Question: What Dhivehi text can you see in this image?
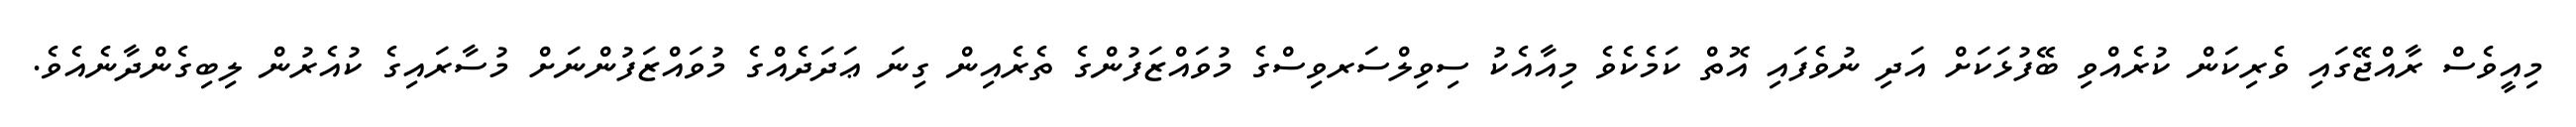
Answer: މިއީވެސް ރާއްޖޭގައި ވެރިކަން ކުރެއްވި ބޭފުޅަކަށް އަދި ނުވެފައި އޮތް ކަމެކެވެ މިއާއެކު ސިވިލްސަރވިސްގެ މުވައްޒަފުންގެ ތެރެއިން ގިނަ ޢަދަދެއްގެ މުވައްޒަފުންނަށް މުސާރައިގެ ކުއެރުން ލިބިގެންދާނެއެވެ.